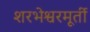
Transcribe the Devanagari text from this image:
शरभेश्वरमूर्ती